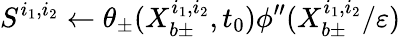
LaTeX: S^{i_{1},i_{2}}\gets\theta_{\pm}(X_{b\pm}^{i_{1},i_{2}},t_{0})\phi^{\prime\prime}(X_{b\pm}^{i_{1},i_{2}}/\varepsilon)